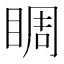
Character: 睭